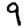
Digit: 9